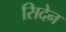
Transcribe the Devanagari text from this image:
सिदेन